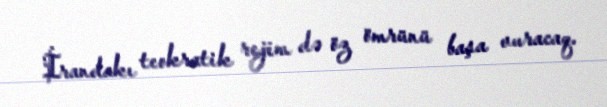
İrandakı teokratik rejim də öz ömrünü başa vuracaq.